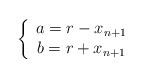
LaTeX: \begin{align*}\left\{ \begin{array}{c} a=r-x_{n+1} \\ b=r+x_{n+1} \end{array}\right.\end{align*}